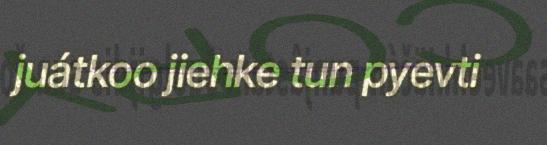
juátkoo jiehke tun pyevti